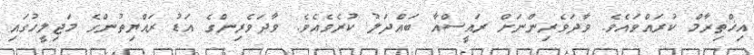
އިޚްތިރާމް ކުރައްވައެވެ. ވާދަވެރިންނަށް ރައީސްއާ ބައްދަލު ކުރެވެއެވެ. ވާދަވެރިންގެ އަޑު ރައްޔިތުންގެ މަޖިލީހުގައި